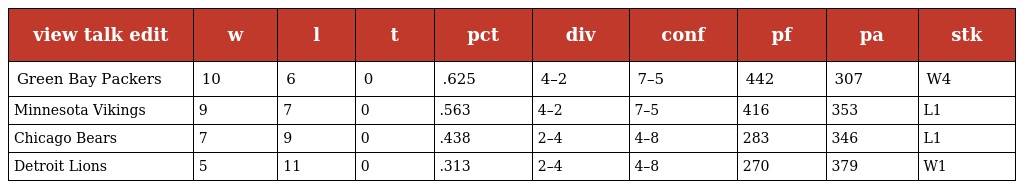
| view talk edit | w | l | t | pct | div | conf | pf | pa | stk |
 | --- | --- | --- | --- | --- | --- | --- | --- | --- | --- |
 | Green Bay Packers | 10 | 6 | 0 | .625 | 4–2 | 7–5 | 442 | 307 | W4 |
 | Minnesota Vikings | 9 | 7 | 0 | .563 | 4–2 | 7–5 | 416 | 353 | L1 |
 | Chicago Bears | 7 | 9 | 0 | .438 | 2–4 | 4–8 | 283 | 346 | L1 |
 | Detroit Lions | 5 | 11 | 0 | .313 | 2–4 | 4–8 | 270 | 379 | W1 |